Tartu_kinnistusamet, lk 8
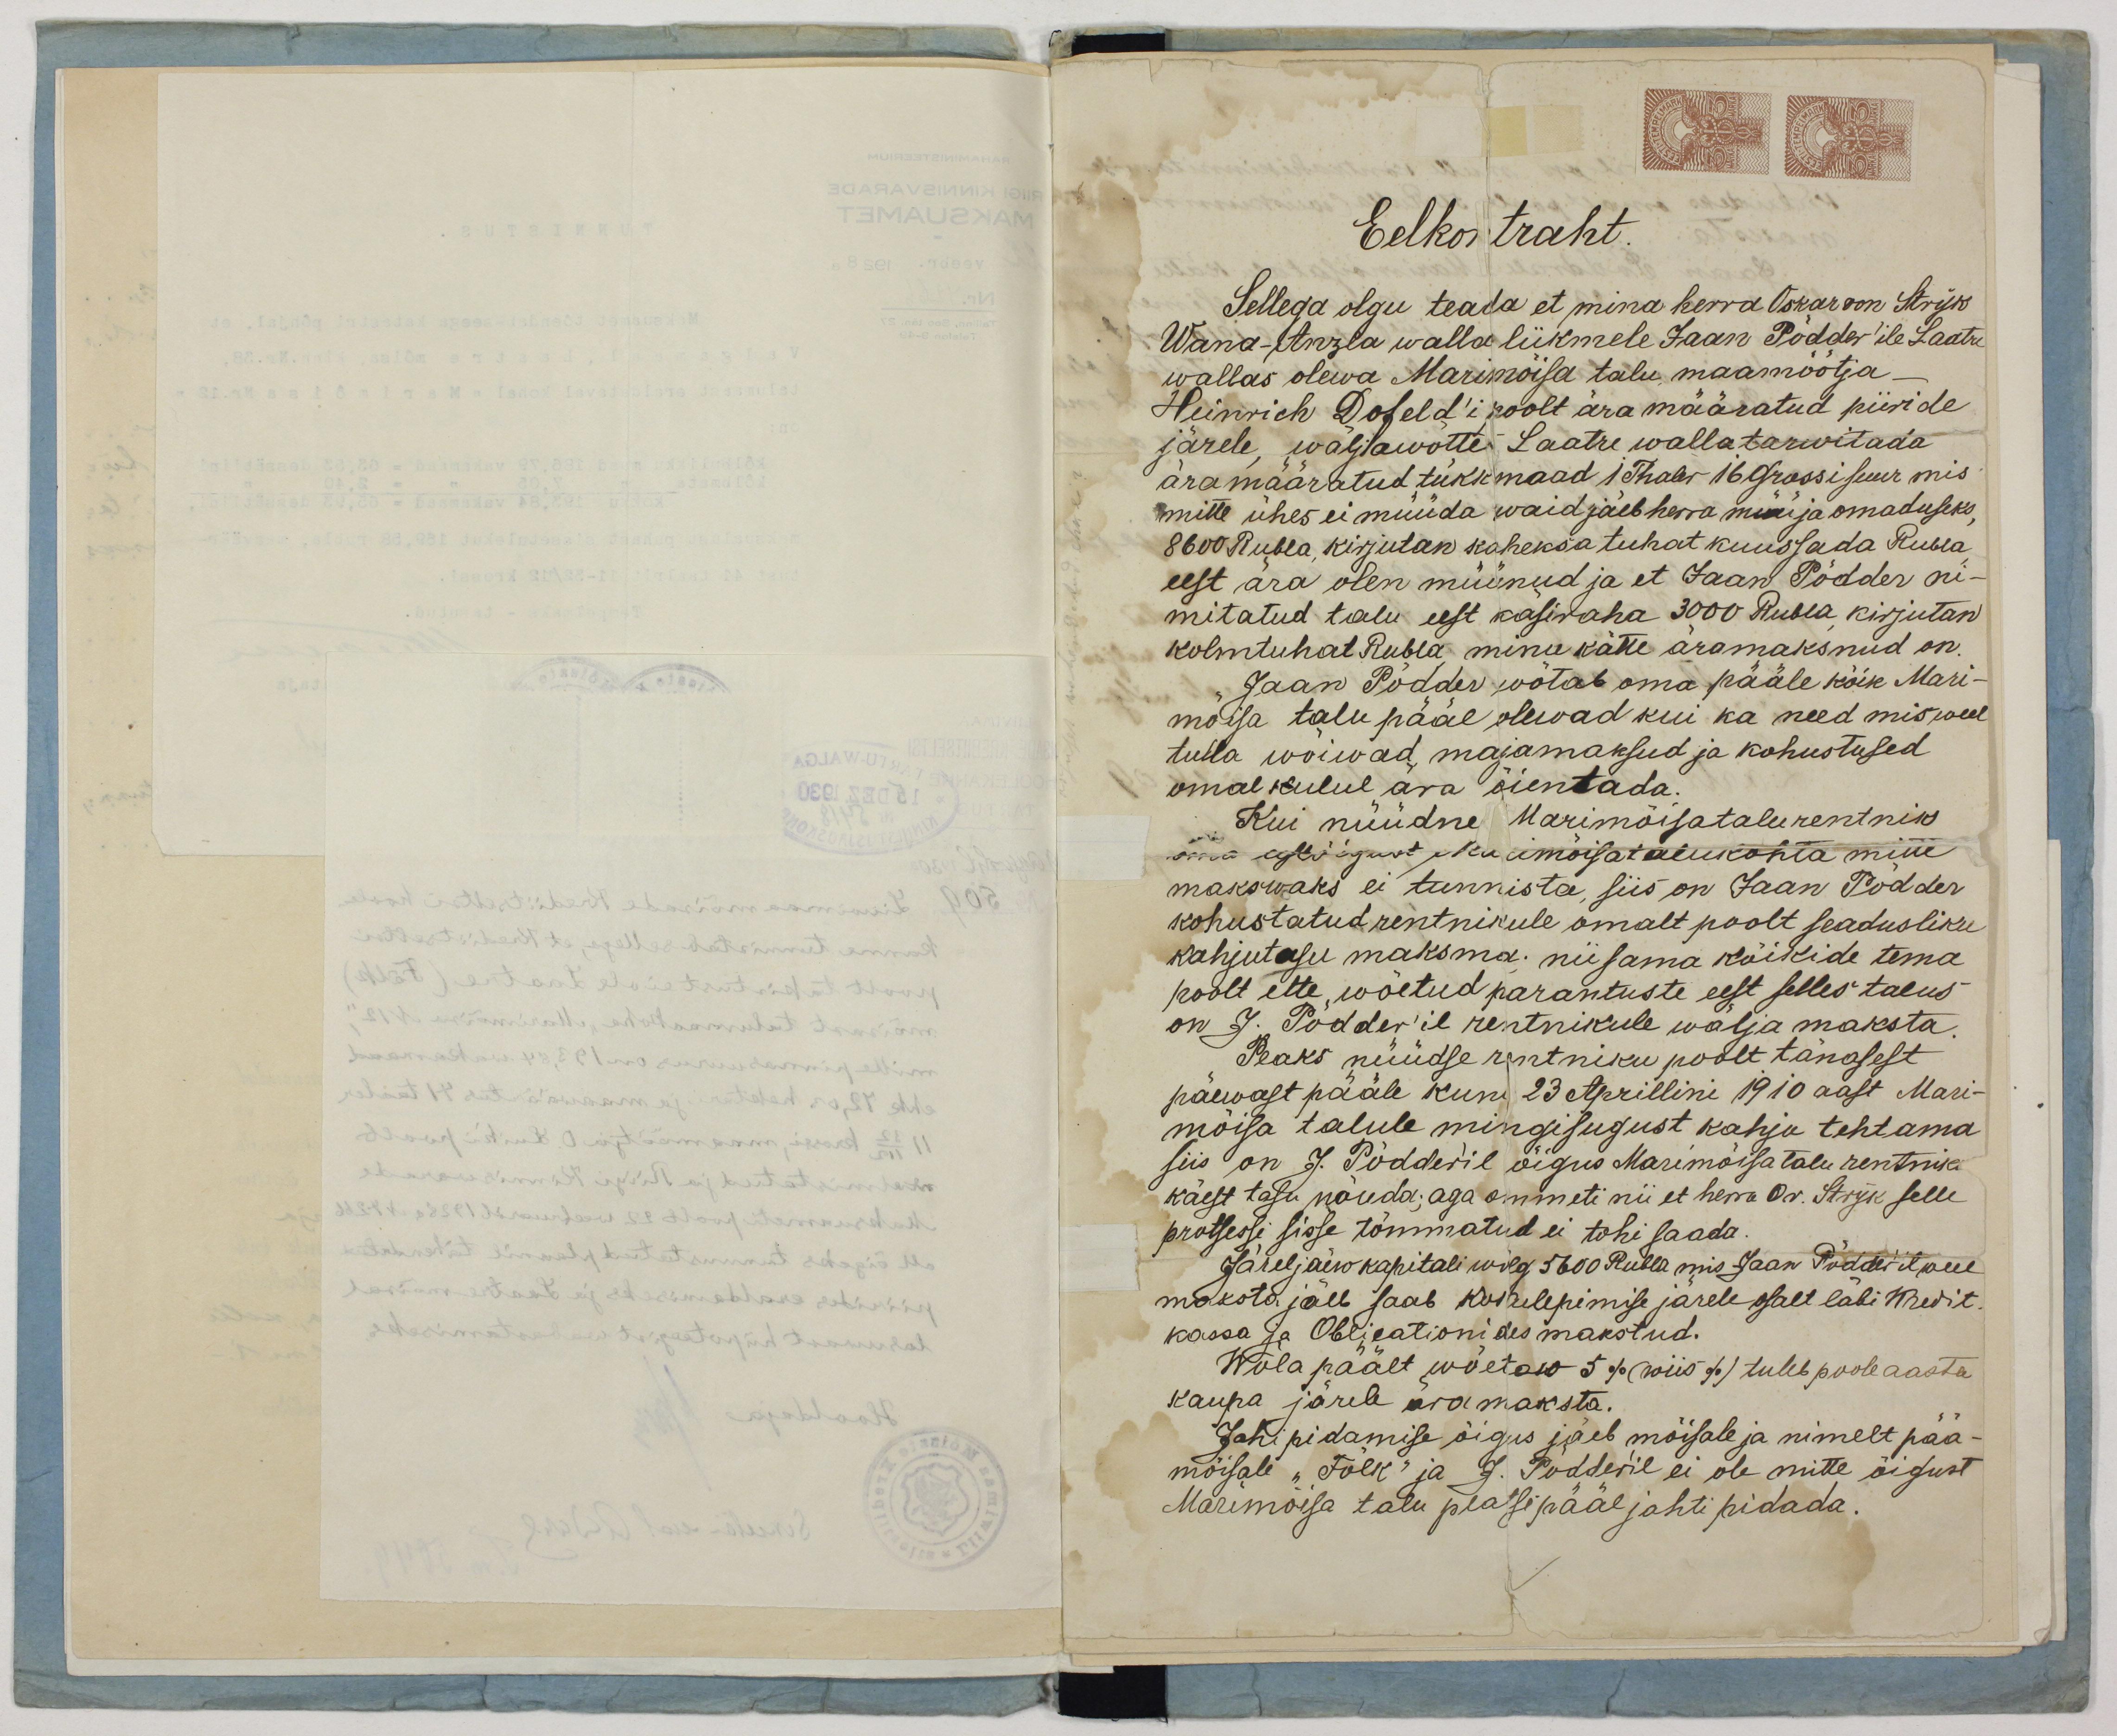
Eelkontraht.
Sellega olgu teada et mina herra Oskar von Stryk
Wana-Anzla walla liikmele Jaan Pödder'ile Laatre
wallas olewa Marimöisa talu maamöötja,
Heinrich Dofeld'i poolt ära määratud piiride
järele wäljawötte Laatre walla tarwitada.
ära määratud tükk maad 1 Thaler 16 Grossi suur mis
mitte ühes ei müüda waid jäeb herra minija omaduseks,
8600 Rubla, kirjutan kaheksa tuhat kuussada Rubla
eest ära olen müünud ja et Jaan Pödder ni-
mitatud talu eest käsiraha 3000 Rubla kirjutan
kolmtuhat Rubla minu kätte äramaksnud on.
Jaan Pödder vötab oma pääle kõik Mari-
möisa talu pääl olevad kui ka need mis weel
tulla wõiwad, majamaksud ja kohustused
omal kulul ära öientada.
Kui nüüdne Marimöisatalu rentnik
oma eestõigust Marimöisatalukohta mitte
makswaks ei tunnista, siis on Jaan Pödder
kohustatud rentnikule omalt poolt seadusliku
kahjutasu maksma; nii sama kõikide tema
poolt ette wõetud parantuste eest selles talus
on J. Pödder'il rentnikule wälja maksta.
Peaks nüüdse rentniku poolt tänasest
päewast pääle kuni 23 Aprillini 1910 aast Mari-
möisa talule mingisugust kahju tehtama
siis on J. Pödderil öigus Marimöisa talu rentniku
käest tasu nõuda; aga ommeti nii et herra Or. Stryk selle
protsessi sisse tömmatud ei tohi saada
Järeljäew kapitali wölg 5600 Rubla mis Jaan Pödderil weel
maksta jäeb saab kokulepimise järele osalt läbi Kredit-
kassa ja Oblicationides makstud.
Wöla päält wöetaw 5% (wiis %) tuleb poole aasta
kaupa järele ära maksta.
Jahipidamise öigus jäeb möisale ja nimelt pää-
möisale "Folk" ja J. Pödderil ei ole mitte öigust
Marimöisa talu platsi pääl jahti pidada